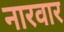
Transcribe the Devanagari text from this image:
नारवार